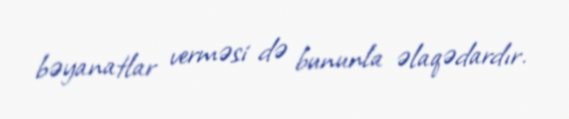
bəyanatlar verməsi də bununla əlaqədardır.